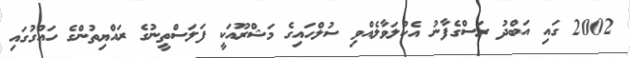
2002 ގައި އަބްދު ރަސްގެފާނު އެކުލަވާލެއްވި ސުލްހައިގެ މަޝްރޫއަކީ ފަލަސްތީނުގެ ރައްޔިތުންގެ ހައްގުގައި